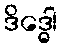
ဒိဒ္ဓေါ